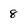
Character: 8